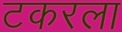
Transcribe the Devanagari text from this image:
टकरला